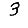
Digit: 3